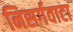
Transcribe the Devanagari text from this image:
निसर्गवाटा